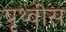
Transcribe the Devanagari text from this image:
पृथ्वीस